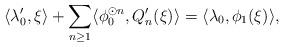
LaTeX: \begin{align*} \langle \lambda_0^\prime,\xi \rangle + \sum_{n \geq 1}\langle \phi_0^{\odot n}, Q_n^\prime(\xi) \rangle = \langle \lambda_0, \phi_1(\xi) \rangle,\end{align*}